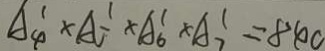
A _ { 4 } ^ { 1 } \times A ^ { 1 } _ { 5 } - \times A _ { 6 } ^ { 1 } \times A _ { 7 } ^ { 1 } = 8 4 0